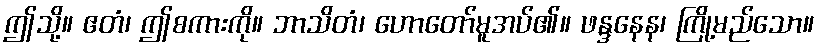
ဤသို့။ ဧတံ၊ ဤစကားကို။ ဘာသိတံ၊ ဟောတော်မူအပ်၏။ ဖန္ဒနေန၊ ကြို့မည်သော။